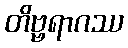
တိဗ္ဗရာဂဿ